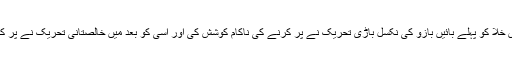
اس خلا کو پہلے بائیں بازو کی نکسل باڑی تحریک نے پر کرنے کی ناکام کوشش کی اور اسی کو بعد میں خالصتانی تحریک نے پر کیا۔